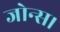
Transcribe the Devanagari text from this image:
जोन्स।